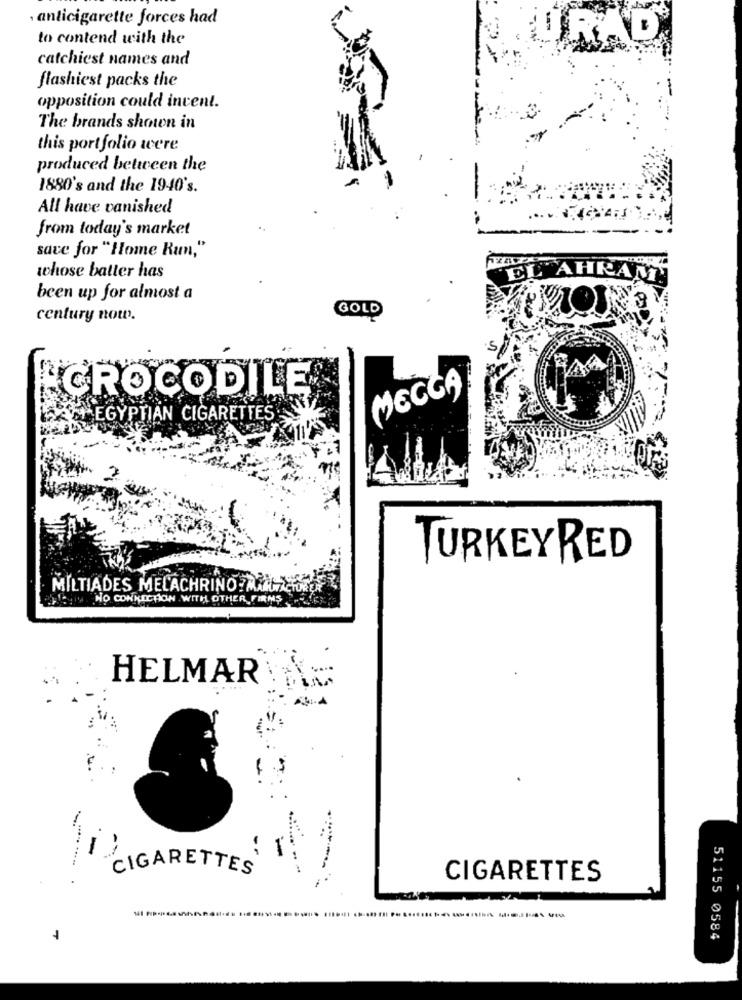
· anticigarette forces had
to contend with the
URAD
catchiest names and
flashiest packs the
opposition could invent.
The brands shown in
this portfolio were
produced between the
1880's and the 1940's.
All have vanished
from today's market
save for "Home Run,"
whose batter has
EL AHRAM!
been up for almost a
GOLD
century now.
CROCODILE
MECCA
EGYPTIAN CIGARETTES
TURKEYRED
MILTIADES MELACHRINO MAILACTOR
ily NO CONNECTION WITH OTHER FIRMS
HELMAR
-
-
CIGARETTES
CIGARETTES
51155 0584